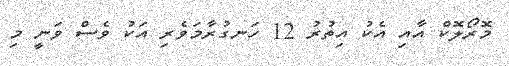
މޮރޯލޮކް އާއި އެކު އިތުރު 12 ހަނގުރާމަވެރި އަކު ވެސް ވަނީ މި